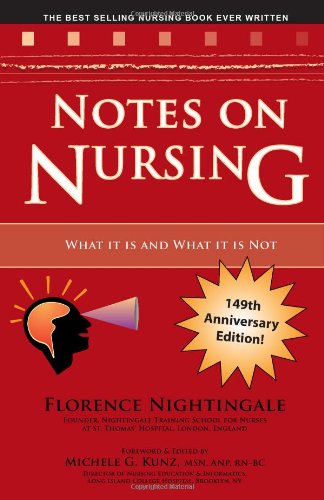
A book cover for Notes on Nursing: What It Is and What It Is Not; Florence Nightingale; Medical Books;